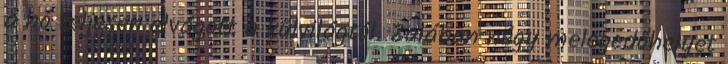
a hó teljesen elvágott a külvilágtól. Zalában négy melegedőhelyet